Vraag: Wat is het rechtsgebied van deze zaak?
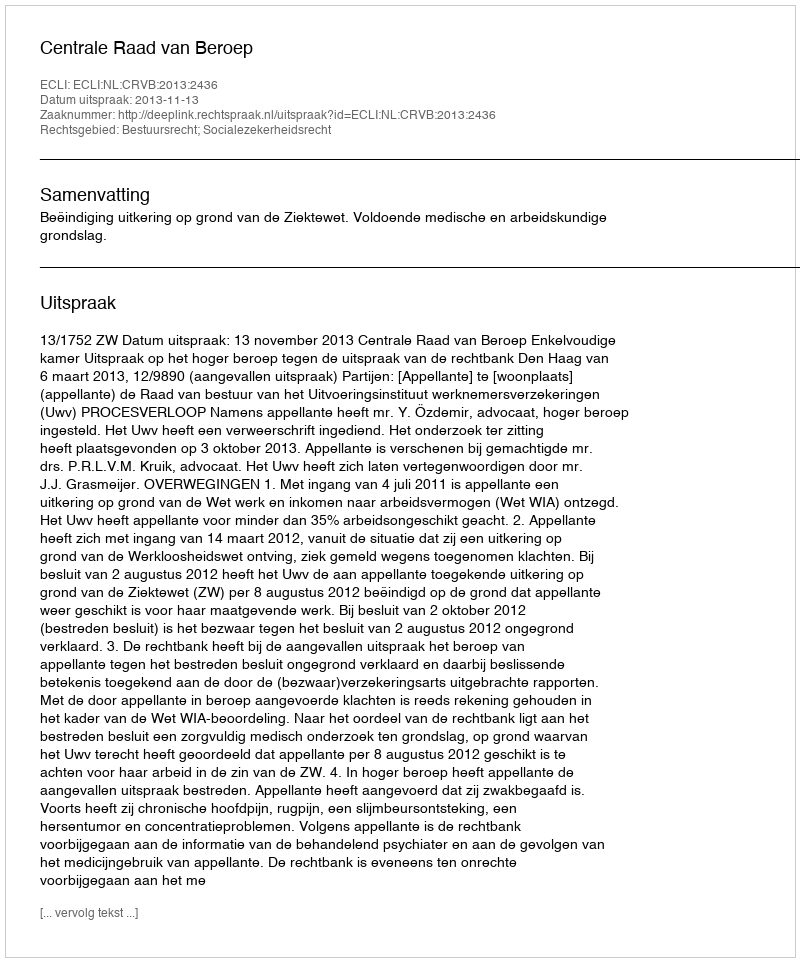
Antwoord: Bestuursrecht; Socialezekerheidsrecht